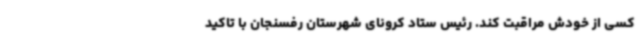
کسی از خودش مراقبت کند. رئیس ستاد کرونای شهرستان رفسنجان با تاکید